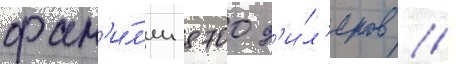
фам'и́л'ии 8700 д'и́л'еров //